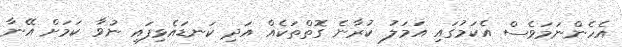
އެހެންނަމަވެސް އެކަމުގައި އަމަލު ކުރާނެ ގޮތްތަކެއް އަދި ކަނޑައެޅިފައި ނުވާ ކަމަށް އޭނާ